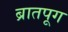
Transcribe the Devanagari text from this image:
ब्रातपूग